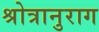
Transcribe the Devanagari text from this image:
श्रोत्रानुराग